Leaving Certificate Examination, 1922
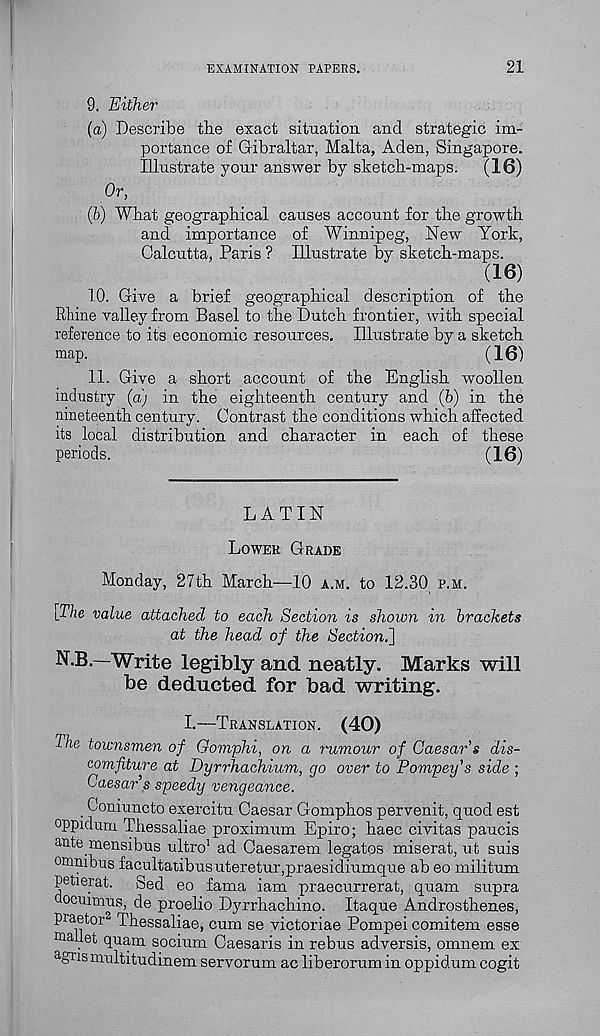
EXAMINATION PAPERS.
21
9. Either
(a) Describe the exact situation and strategic im-
portance of Gibraltar, Malta, Aden, Singapore.
Illustrate your answer by sketch-maps. (16)
Or,
(b) What geographical causes account for the growth
and importance of Winnipeg, New York,
Calcutta, Paris ? Illustrate by sketch-maps.
(16)
10. Give a brief geographical description of the
Rhine valley from Basel to the Dutch frontier, with special
reference to its economic resources. Illustrate by a sketch
map.
(16)
11. Give a short account of the English woollen
industry (a) in the eighteenth century and (h) in the
nineteenth century. Contrast the conditions which affected
its local distribution and character in each of these
periods.
(16)
LATIN
LOWER GRADE
Monday, 27th March—10 A.M. to 12.30 P.M.
[The value attached to each Section is shown in brackets
at the head of the Section^]
N.B.—Write legibly and neatly. Marks will
be deducted for bad writing.
I.—TRANSLATION.
(40)
The townsmen of Gomphi, on a rumour of Caesar's dis-
comfiture at Dyrrhachium, go over to Pompey's side ;
Caesar s speedy vengeance.
. Coniuncto exercitu Caesar Gomphos pervenit, quod est
oppidum Thessaliae proximum Epiro; haec civitas paucis
ante mensibus ultro 1 ad Caesarem legatos miserat, ut suis
omnibus facultatibusuteretur,praesidiumque ah eo militum
petierat. Sed eo fama iam praecurrerat, quam supra
ocuimus, de proelio Dyrrhachino. Itaque Androsthenes,
praetor 2 Thessaliae, cum se victoriae Pompei comitem esse
mallet quam socium Caesaris in rebus adversis, omnem ex
a gris multitudinem servorum ac liberorum in oppidum cogit